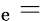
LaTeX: _\mathrm{e}{}={}